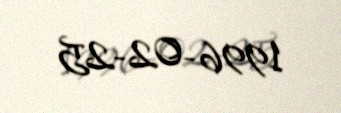
1996-02-25